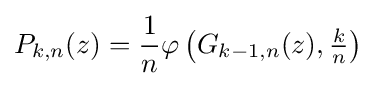
P_{k,n}(z)={\frac {1}{n}}\varphi \left(G_{k-1,n}(z),{\tfrac {k}{n}}\right)